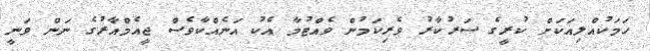
ހަމަކުއްލިއަކަށް ކުރީގެ ސަރުކާރު ވެރިކަމުން ވެއްޓުމާ އެކު އަނެއްކާވެސް ޖީއެމްއާރުގެ ނަން ވަނީ